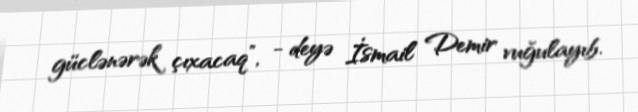
güclənərək çıxacaq”, - deyə İsmail Demir vuğulayıb.